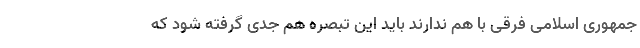
جمهوری اسلامی فرقی با هم ندارند باید این تبصره هم جدی گرفته شود که